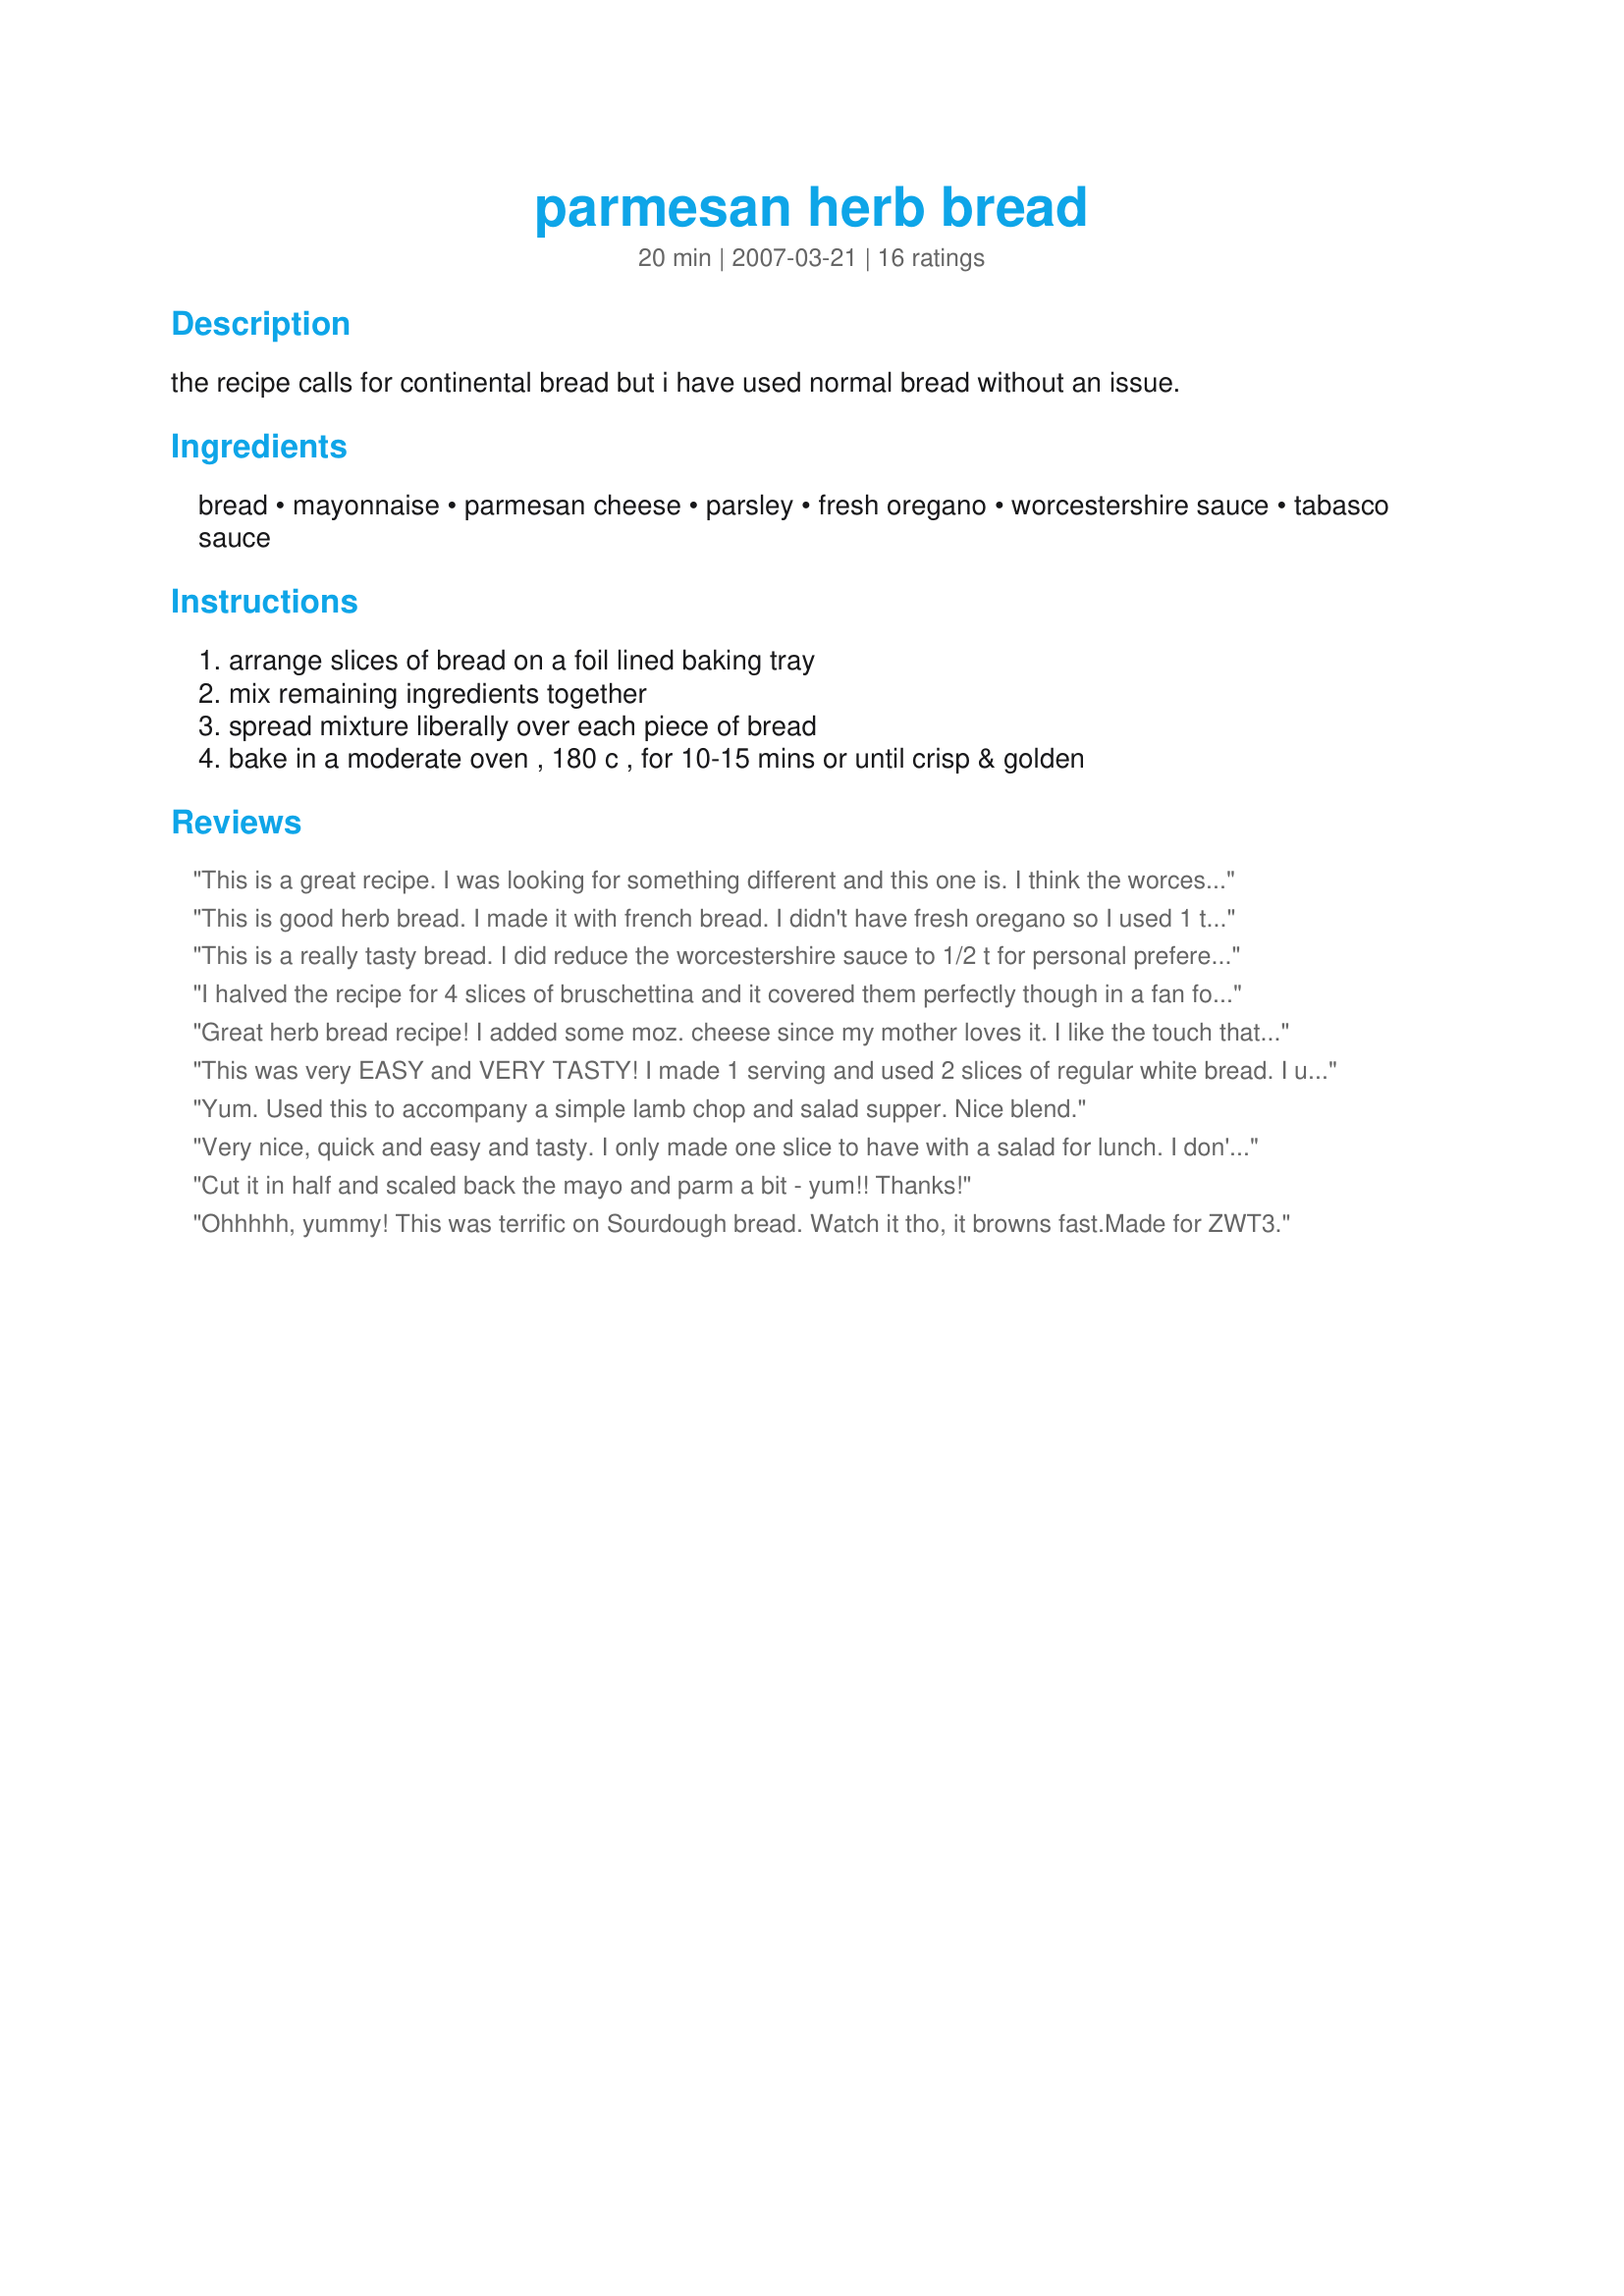
parmesan herb bread
Preparation time: 20 minutes

the recipe calls for continental bread but i have used normal bread without an issue.

Ingredients:
bread, mayonnaise, parmesan cheese, parsley, fresh oregano, worcestershire sauce, tabasco sauce

Steps:
arrange slices of bread on a foil lined baking tray, mix remaining ingredients together, spread mixture liberally over each piece of bread, bake in a moderate oven , 180 c , for 10-15 mins or until crisp & golden

Reviews:
This is a great recipe. I was looking for something different and this one is. I think the worcestershire sauce gave it a nice kick and made the flavors blend nicely. Served with pasta and Enjoyed. Thank you for sharing this easy and repeat recipe ~V (Made for Bevy Tag, Soups, Salads & Sides 08)
This is good herb bread. I made it with french bread. I didn't have fresh oregano so I used 1 tsp dried oregano. Made for Holiday tag 2007
This is a really tasty bread. I did reduce the worcestershire sauce to 1/2 t for personal preference and added a little more parmesan cheese. The bread is full of flavor and I will make this again. Made for PAC 2007.
I halved the recipe for 4 slices of bruschettina and it covered them perfectly though in a fan forced oven at 175 they were cooked in the 10 minute bracket. We enjoyed these with AmandaInOz recipe #310943 310943 and a tossed green salad. Wonderful dinner. Thank you Mandy, made as a recipenapp for Recipe Swap #19 - August 2008.
Great herb bread recipe! I added some moz. cheese since my mother loves it. I like the touch that the mayo gives it, a diffrent but good bread recipe! Made for ZWT 3!
This was very EASY and VERY TASTY! I made 1 serving and used 2 slices of regular white bread. I used fresh parsley but dried oregano and the full amount of worcestershire sauce. I baked it at 375F for about 10 minutes. I love the crispy chewy texture! We ate this with pasta instead of garlic bread. I will be making this one again.
Yum. Used this to accompany a simple lamb chop and salad supper. Nice blend.
Very nice, quick and easy and tasty. I only made one slice to have with a salad for lunch. I don't actually eat bread very often, but if I do, I'll do it like this again!
Cut it in half and scaled back the mayo and parm a bit - yum!! Thanks!
Ohhhhh, yummy! This was terrific on Sourdough bread. Watch it tho, it browns fast.Made for ZWT3.
Yum! We really enjoyed this quick and easy "toast". I made this with home baked french bread, calorie reduced mayo and substituted 1/2 tsp dried oregano leaves for the fresh. The worcestershire flavour really came through and I think next time I'll reduce that to 1/2 tsp. Wonderful easy recipe. Thanks, Mandy!
This was a very nice combination of flavors. I used french bread and did not have fresh Oregano so used about a tsp of the dried and that seemed to work well for us. The Worcestershire gave this an interesting flavor. Thanks for sharing. Made for Australia/NZ February Swap. :)
This was so easy to make and so good! I used a loaf of french bread cut in half. I baked int he oven for about 10 minutes to warm it and start melting the cheesey topping and then broiled it for 12 minutes to get golden-toasty brown. Made for AUS/NZ Recipe Swap #48.
FABULOUS! A great alternative to garlic bread. So easy and a great way to use all those awesome herbs from the garden. Will definitely make this again. I used Parmesan and Herb rolls (can you believe I found them) which I simply cut in half. Cooked on 350 for about 6 minutes, then turned on the broiler for 2 minutes for perfection.
Very quick recipe. I ate this for a late lunch and it was very enjoyable, nice flavours. I may omit the mayonnaise next time and replace it with cream cheese, just a personal preference. Thank you Mandy from Oz
Mandy, I am giving this 5 stars, this was a very tasty appetizer, I made this tonight after reading my Zaar emails. It took no time at all to make or to eat. I am making a 2nd batch so I can take it to work with me tomorrow. I am adding a slice of tomatoes on top of one of the slices to see what that will taste like. This will be my lunch for tomorrow. Thanks for posting. 5/28/7 Happy Memorial Day to you and yours. Melody A. - Lansing, Illinois
